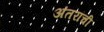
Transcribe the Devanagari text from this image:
अंतरांची